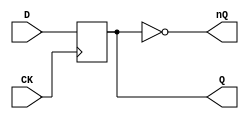
// NeoGeo logic definition
// Copyright (C) 2018 Sean Gonsalves
//
// This program is free software: you can redistribute it and/or modify
// it under the terms of the GNU General Public License as published by
// the Free Software Foundation, either version 3 of the License, or
// (at your option) any later version.
//
// This program is distributed in the hope that it will be useful,
// but WITHOUT ANY WARRANTY; without even the implied warranty of
// MERCHANTABILITY or FITNESS FOR A PARTICULAR PURPOSE.  See the
// GNU General Public License for more details.
//
// You should have received a copy of the GNU General Public License
// along with this program.  If not, see <https://www.gnu.org/licenses/>.

module FDM(
	input CK,
	input D,
	output reg Q,
	output nQ
);

	always @(posedge CK)
		Q <= #2 D;
	
	assign nQ = ~Q;

endmodule